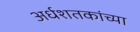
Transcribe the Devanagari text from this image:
अर्धशतकांच्या